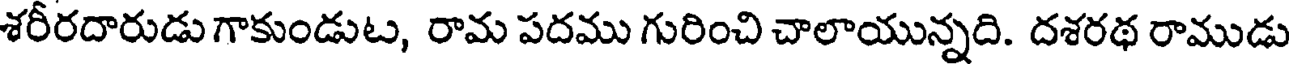
శరీరదారుడు గాకుండుట, రామ పదము గురించి చాలాయున్నది. దశరథ రాముడు